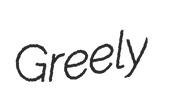
Greely